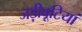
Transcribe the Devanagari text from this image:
जड़ीबूटियां